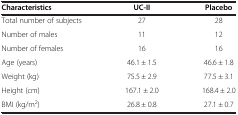
<table><thead><tr><td><b>Characteristics</b></td><td><b>UC-II</b></td><td><b>Placebo</b></td></tr></thead><tbody><tr><td>Total number of subjects</td><td>27</td><td>28</td></tr><tr><td>Number of males</td><td>11</td><td>12</td></tr><tr><td>Number of females</td><td>16</td><td>16</td></tr><tr><td>Age (years)</td><td>46.1 ± 1.5</td><td>46.6 ± 1.8</td></tr><tr><td>Weight (kg)</td><td>75.5 ± 2.9</td><td>77.5 ± 3.1</td></tr><tr><td>Height (cm)</td><td>167.1 ± 2.0</td><td>168.4 ± 2.0</td></tr><tr><td>BMI (kg/m<sup>2</sup>)</td><td>26.8 ± 0.8</td><td>27.1 ± 0.7</td></tr></tbody></table>